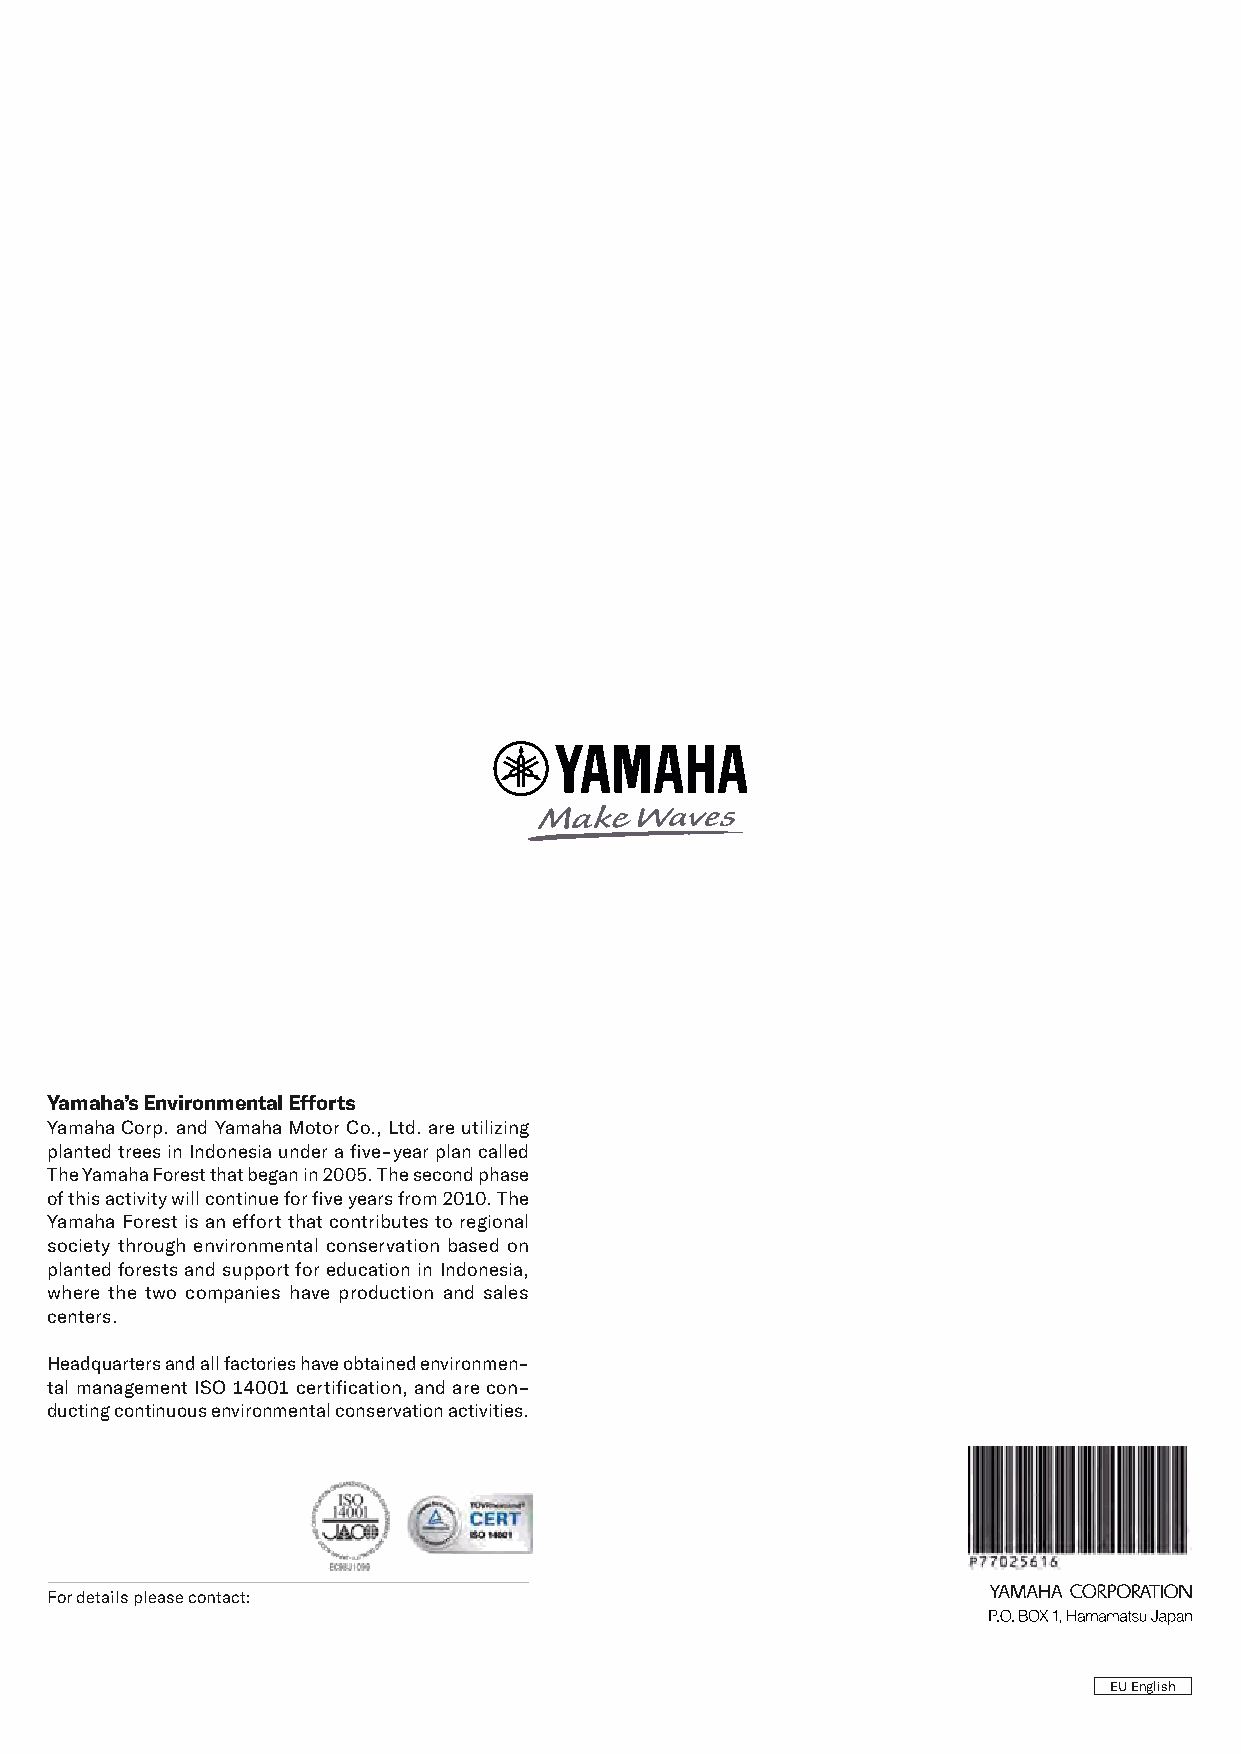
Yamaha’s Environmental Efforts
 Yamaha Corp. and Yamaha Motor Co., Ltd. are utilizing
 planted trees in Indonesia under a five-year plan called
 The Yamaha Forest that began in 2005. The second phase
 of this activity will continue for five years from 2010. The
 Yamaha Forest is an effort that contributes to regional
 society through environmental conservation based on
 planted forests and support for education in Indonesia,
 where the two companies have production and sales
 centers.
 Headquarters and all factories have obtained environmen-
 tal management ISO 14001 certification, and are con-
 ducting continuous environmental conservation activities.
 For details please contact:
 EU English